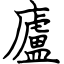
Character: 廬